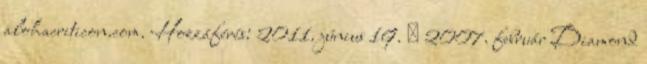
alohacriticon.com. Hozzáférés: 2011. június 19. ↑ 2007. február Diamond